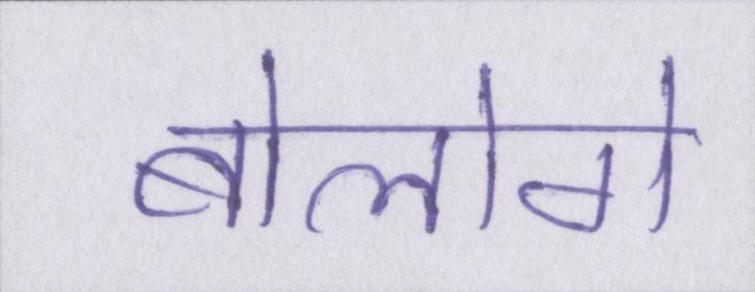
बोलोगे